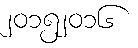
၂၀၁၅၂၀၁၆